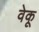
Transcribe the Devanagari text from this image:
वेकू